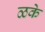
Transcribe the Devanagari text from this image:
ळके